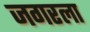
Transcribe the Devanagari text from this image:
जगरला